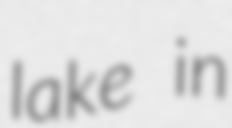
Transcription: lake in